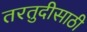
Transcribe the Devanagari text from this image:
तरतुदीसाठी